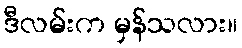
ဒီလမ်းက မှန်သလား။